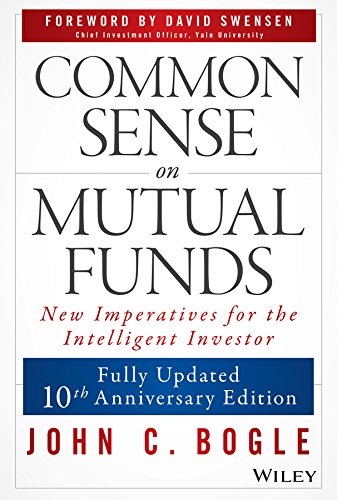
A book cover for Common Sense on Mutual Funds: Fully Updated  10th Anniversary Edition; John C. Bogle; Business & Money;